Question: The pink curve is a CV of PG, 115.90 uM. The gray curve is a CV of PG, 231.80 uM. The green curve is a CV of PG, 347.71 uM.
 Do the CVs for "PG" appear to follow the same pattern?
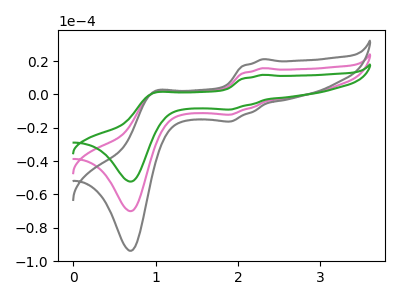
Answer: <think>The pink curve "PG, 115.90 uM" has anodic peaks at (2.30V, 15.80uA) (1.00V, 1.25uA) and cathodic peaks at (1.90V, -12.15uA) (0.70V, -70.05uA). The gray curve "PG, 231.80 uM" has anodic peaks at (2.30V, 21.15uA) (1.00V, 1.70uA) and cathodic peaks at (1.90V, -16.25uA) (0.70V, -93.85uA). The green curve "PG, 347.71 uM" has anodic peaks at (2.30V, 31.60uA) (1.00V, 2.50uA) and cathodic peaks at (1.90V, -24.25uA) (0.70V, -140.15uA).
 All the peaks in "PG, 115.90 uM" have a peak in "PG, 231.80 uM" at the same potential. Every peak in "PG, 115.90 uM" is lower than every peak in "PG, 231.80 uM". All the peaks in "PG, 115.90 uM" have a peak in "PG, 347.71 uM" at the same potential. Every peak in "PG, 115.90 uM" is lower than every peak in "PG, 347.71 uM". All the peaks in "PG, 231.80 uM" have a peak in "PG, 347.71 uM" at the same potential. Every peak in "PG, 231.80 uM" is lower than every peak in "PG, 347.71 uM".</think>
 <answer>All the CV's of "PG" have similar shape.</answer>
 <eval>follow_rule</eval>